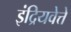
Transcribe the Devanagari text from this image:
इंद्रियवेत्ते